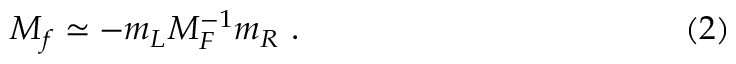
M _ { f } \simeq - m _ { L } M _ { F } ^ { - 1 } m _ { R } \ . \eqno ( 2 )